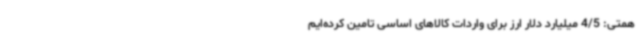
همتی: 4/5 میلیارد دلار ارز برای واردات کالاهای اساسی تامین کرده‌ایم